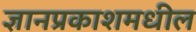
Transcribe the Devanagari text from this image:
ज्ञानप्रकाशमधील